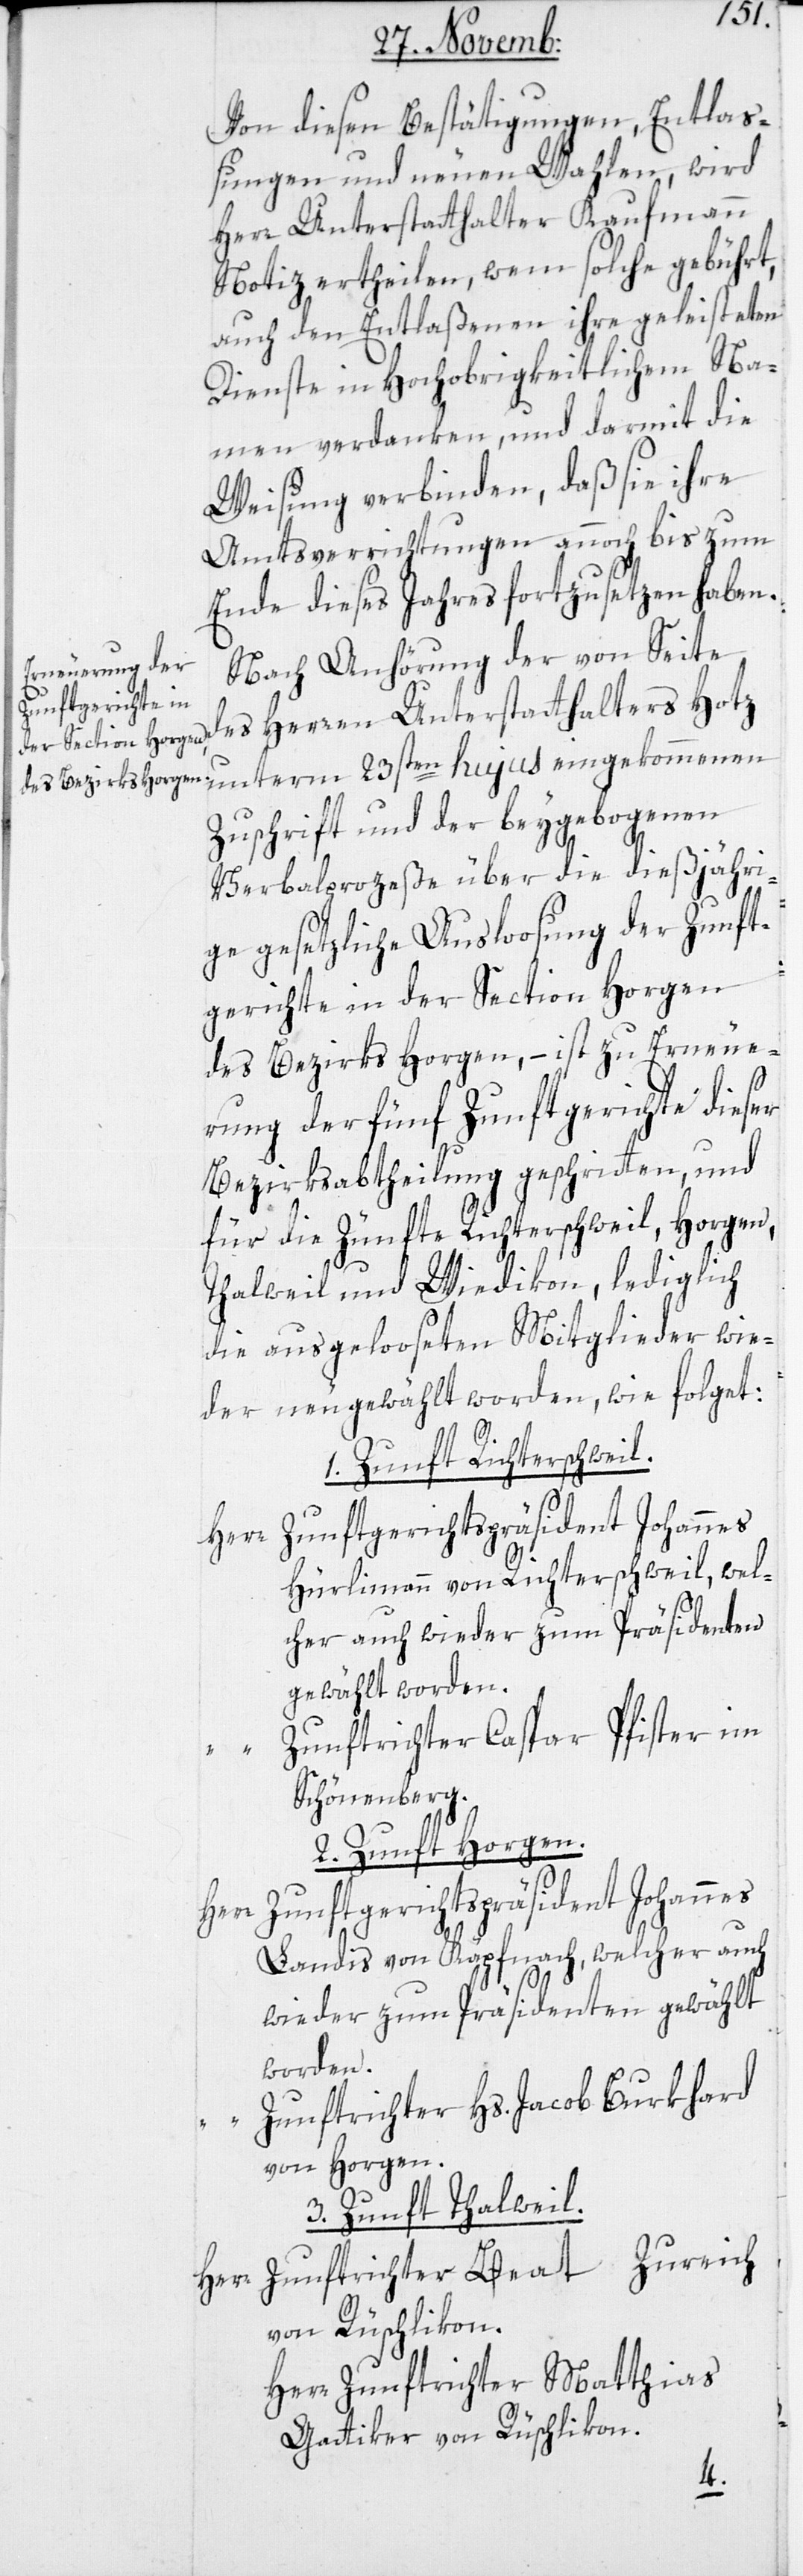
Von diesen Bestätigungen, Entlaß¬
ungen und neuen Wahlen, wird
Herr Unterstatthalter Kaufmann
Notiz ertheilen, wem solche gebührt,
auch den entlaßenen ihre geleisteten
Dienste in Hochobrigkeitlichem Na¬
men verdanken, und darmit die
Weisung verbinden, daß sie ihre
Amtsverrichtungen annoch bis zum
Ende dieses Jahres fortzusetzen haben.
Nach Anhörung der von Seite
des Herren Unterstatthalters Hotz
Zuschrift und der beygebogenen
Verbalprozeße über die dießjähri¬
ge gesetzliche Ausloosung der Zunft¬
gerichte in der Section Horgen
des Bezirks Horgen, – ist zu Erneue¬
rung der fünf Zunftgerichte dieser
Bezirksabtheilung geschritten, und
für die Zünfte Richterschweil, Horgen,
Thalweil und Wiedikon, lediglich
die ausgelooseten Mitglieder wie¬
der neu gewählt worden, wie folget:
1. Zunft Richterschweil.
Zunftgerichtspräsident Johannes
Herr
Hürlimann von Richterschweil, wel¬
cher auch wieder zum Präsidenten
gewählt worden.
Zunftrichter Caspar Pfister im
Schönenberg.
2. Zunft Horgen.
Landi von Käpfnach, welcher auch
wieder zum Präsidenten gewählt
worden.
Zunftrichter Hs. Jacob Burkhard
von Horgen.
3. Zunft Thalweil.
Herr Zunftrichter Beat Zureich
von Rüschlikon.
Herr Zunftrichter Matthias
Gattiker von Rüschlikon.